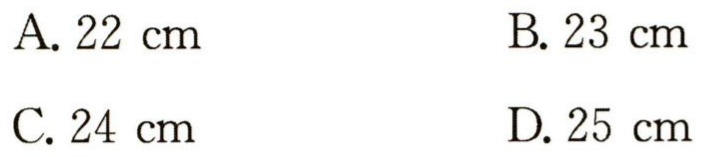
A. \(22\ \text{cm}\)

B. \(23\ \text{cm}\)

C. \(24\ \text{cm}\)

D. \(25\ \text{cm}\)